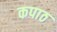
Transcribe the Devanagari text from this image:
कपाठ